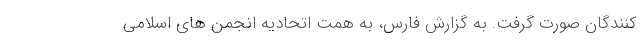
کنندگان صورت گرفت. به گزارش فارس، به همت اتحادیه انجمن های اسلامی